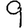
Digit: 9